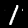
Label: 1